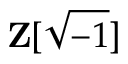
\mathbf { Z } [ { \sqrt { - 1 } } ]